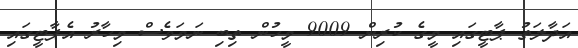
އަދާލަތު ޕާޓީގައި މީގެ ކުރިން 9009 މީހުން ތިބި ނަމަވެސް މިހާރު އެޕާޓީގައި